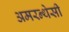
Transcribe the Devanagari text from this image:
अमरन्थेसी